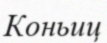
Коньиц